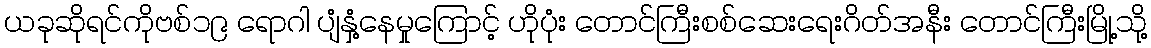
ယခုဆိုရင်ကိုဗစ်၁၉ ရောဂါ ပျံနှံ့နေမှုကြောင့် ဟိုပုံး တောင်ကြီးစစ်ဆေးရေးဂိတ်အနီး တောင်ကြီးမြို့သို့